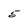
Character: 5